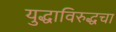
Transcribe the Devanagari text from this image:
युद्धाविरुद्धचा